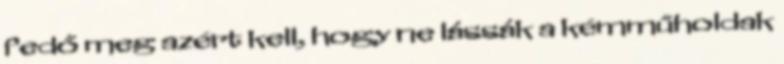
fedő meg azért kell, hogy ne lássák a kémműholdak